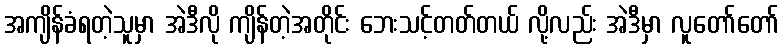
အကျိန်ခံရတဲ့သူမှာ အဲဒီလို ကျိန်တဲ့အတိုင်း ဘေးသင့်တတ်တယ် လို့လည်း အဲဒီမှာ လူတော်တော်